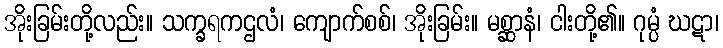
အိုးခြမ်းတို့လည်း။ သက္ခရကဌလံ၊ ကျောက်စစ်၊ အိုးခြမ်း။ မစ္ဆာနံ၊ ငါးတို့၏။ ဂုမ္ပံ ဃဋာ၊